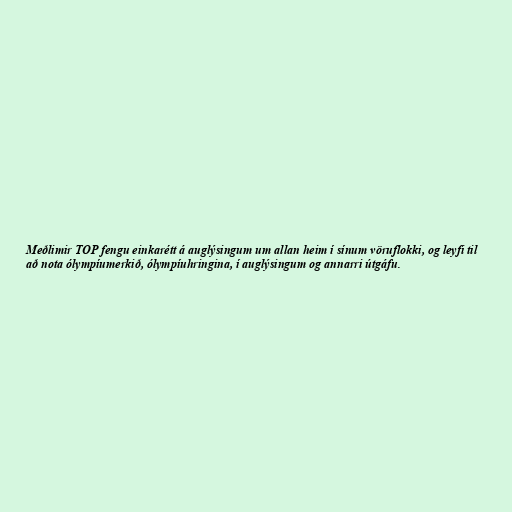
Meðlimir TOP fengu einkarétt á auglýsingum um allan heim í sínum vöruflokki, og leyfi til
að nota ólympíumerkið, ólympíuhringina, í auglýsingum og annarri útgáfu.